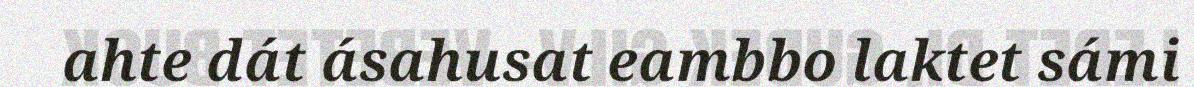
ahte dát ásahusat eambbo laktet sámi